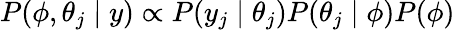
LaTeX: P(\phi,\theta_{j}\mid y)\propto P(y_{j}\mid\theta_{j})P(\theta_{j}\mid\phi)P(\phi)